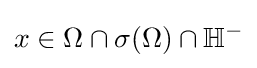
x\in \Omega \cap \sigma (\Omega )\cap \mathbb {H} ^{-}